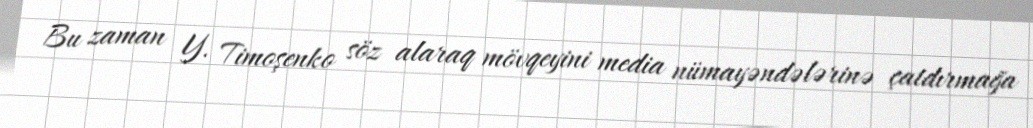
Bu zaman Y. Timoşenko söz alaraq mövqeyini media nümayəndələrinə çatdırmağa